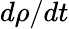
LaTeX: d\rho/dt